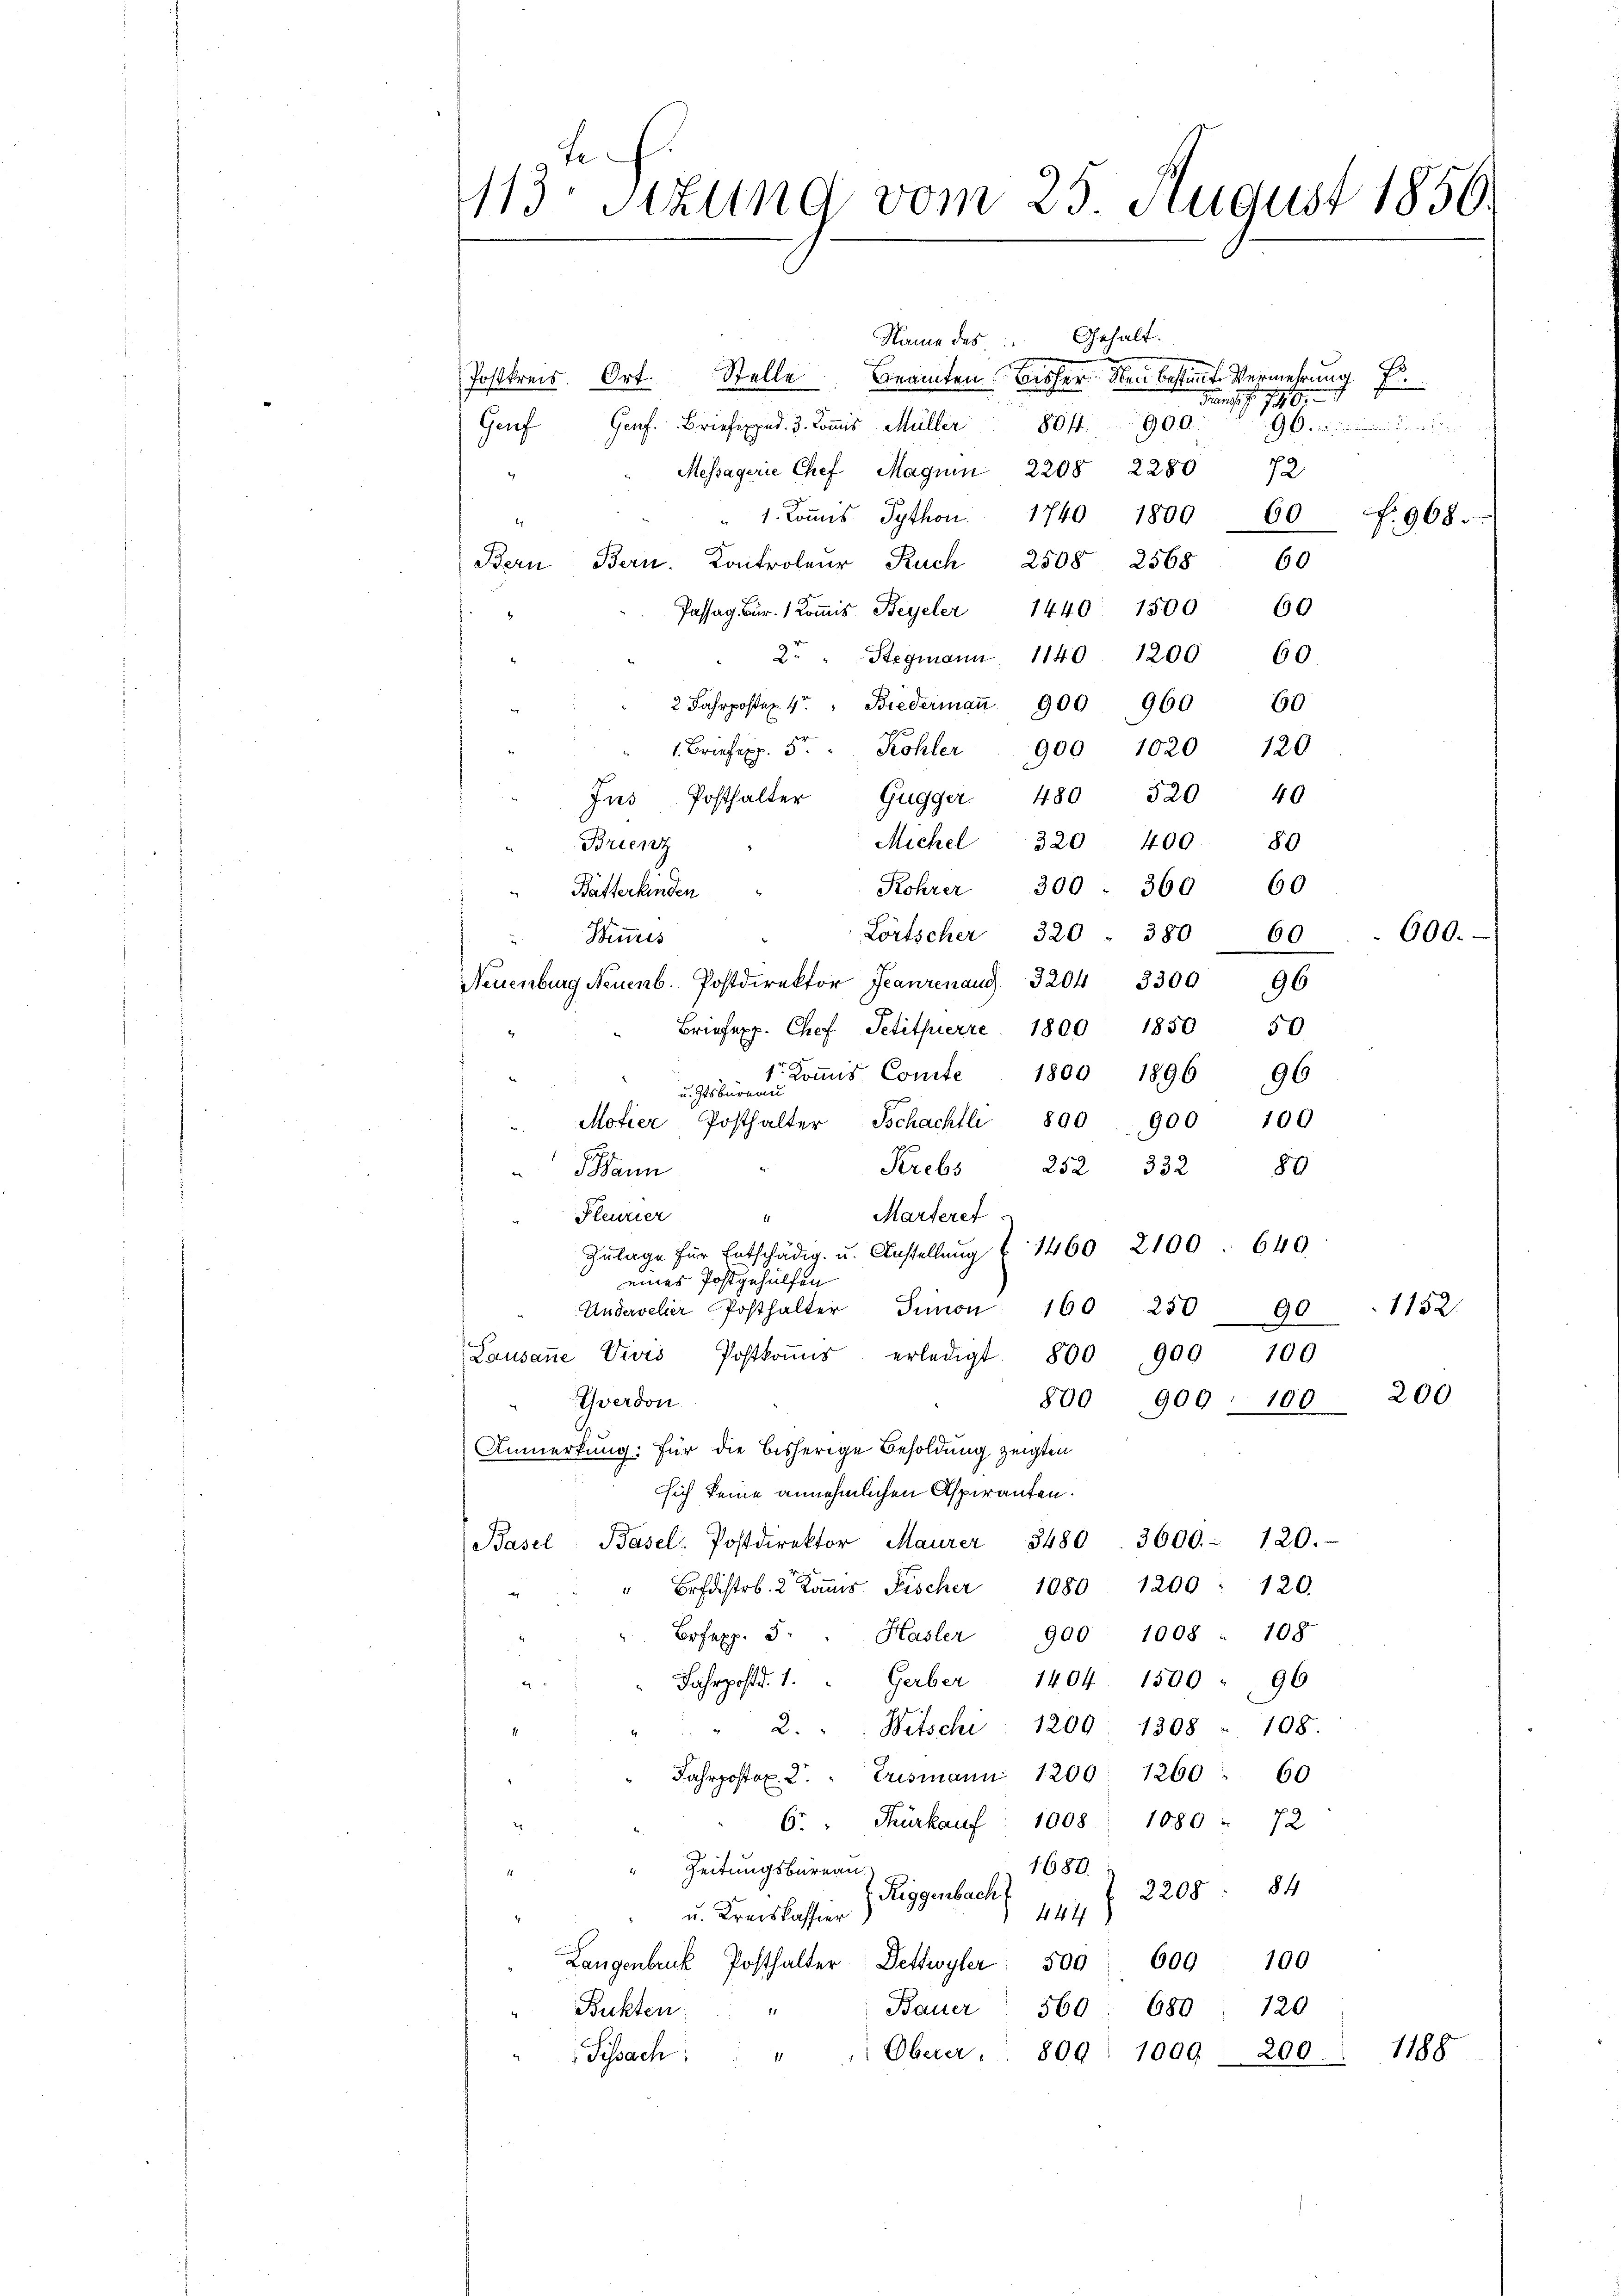
13 sizung vom 25. August 1856.

Name des Gehalt.
Postkreis. Ort. Stelle. Beamten bisher den Bestimmte Vermehrung
Genf Genf. Brief d. 3. Koṁis Müller 804900
Messagerie Chef Magnen 2208 2280 72,
4
¬
1. Koṁis Sython. 1740 1809 60 f. 968.
.
Bern Bern. Controleur Ruch 2508 2568
60
60
Passag. Bar. 1 Koṁis Beyeler 1440 1500
2 " Stegmann. 1140. 1200 60
2 Fahrposter 4. " Biedermaṅ 900 960 60
1. Briefexp. 5.
120
Kohler 900 1020
520
40
Ins Posthalter Gugger. 480
Michel 320. 400. 80
Brienz
Rohrer 300 - 360 60
Batterkinden
Lörtscher 320 " 380 60
Winmis
Neuenburg Neuenb. Postdirektor Franzen aus 32043300 96
Briefexp. Chef Petitherre 1800 1850 50
tr. Koṁis Comte 1800 1896 96
u. Itsbureau
Motier Posthalter Schachtl 890. 900 100
Krebs
252 332 89
Bann
Pleurier
Marteret
J
Zŭlage für Entschädig u. Anstellŭng & 1460 2100. 640.
eines Postgehülfen
Innon
Andervelier Posthalter
160 250 90
Lausanne Divis Postkoṁs erledigt. 800 900 109
Yverdon
800 900 - 100. 200
Anmerkung: für die bisherige Besoldung zeigten
sich keine annehmlichen Aspiranten.
Basel, Basel. Postdirektor Maurer 3480. 3000. - 120.
" fr. 2 Kaṁs Fischer 1080 1200 120.
Bosexp. 3. " Hasler 900 1008 " 108
Fahrpost d. 1. " Gerber 1404. 1500 " 96
2
2. " " Witschi : 1209. 1808 - 108.
Jahrpostol. 2. " Erismann 1200. 1260. 60
6. " Fürkauf 1008. 1080 " 72
1680.
Zeitungsbureau
2208: 84
 Riggenbach
444
u. Kreiskassier
609 100
Langenbruck Posthalter Dettwyler
509
Bauer
Bukten
560. 680 : 120
Oberer. 809. 1009. 200. 1188
Sissach

Frau s. f. 1910.

.

600.

1152.